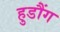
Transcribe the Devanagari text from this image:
हुडौंग